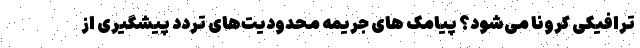
ترافیکی کرونا می‌شود؟ پیامک های جریمه محدودیت‌های تردد پیشگیری از